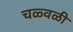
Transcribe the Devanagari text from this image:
चळ्वळी